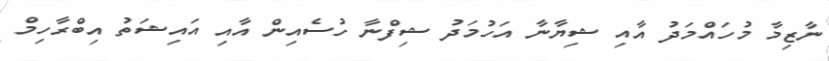
ނާޒިމާ މުހައްމަދު އާއި ޝިޔާނާ އަހުމަދު ޝިފްނާ ހުސެއިން އާއި އައިޝަތު އިބްރާހިމް